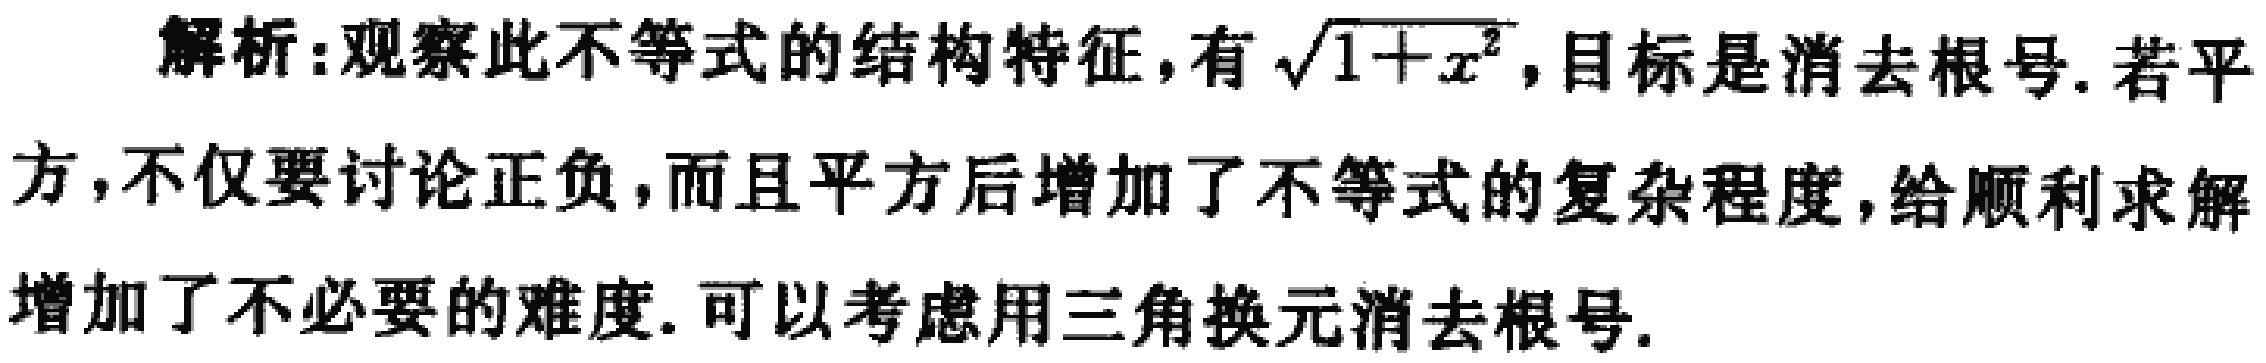
解析:观察此不等式的结构特征，有\(\sqrt{1 + x^{2}}\)，目标是消去根号. 若平方，不仅要讨论正负，而且平方后增加了不等式的复杂程度，给顺利求解增加了不必要的难度. 可以考虑用三角换元消去根号.